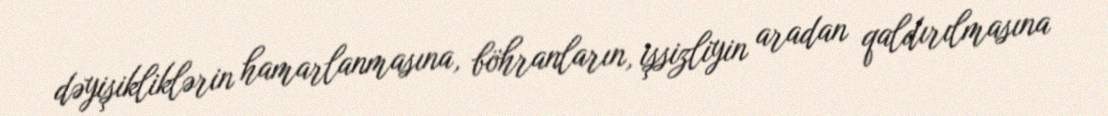
dəyişikliklərin hamarlanmasına, böhranların, işsizliyin aradan qaldırılmasına